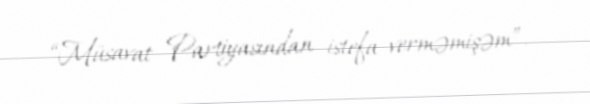
“Müsavat Partiyasından istefa verməmişəm”.